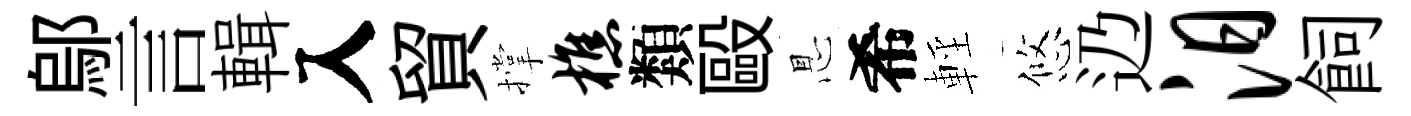
鄔言輯入貿撑樵類毆㤙希輕悠辸汨飼